Annual administration report of the Civil Veterinary Department, Ajmere-Merwara, British Rajputana - 1914-1940
Year: 1914
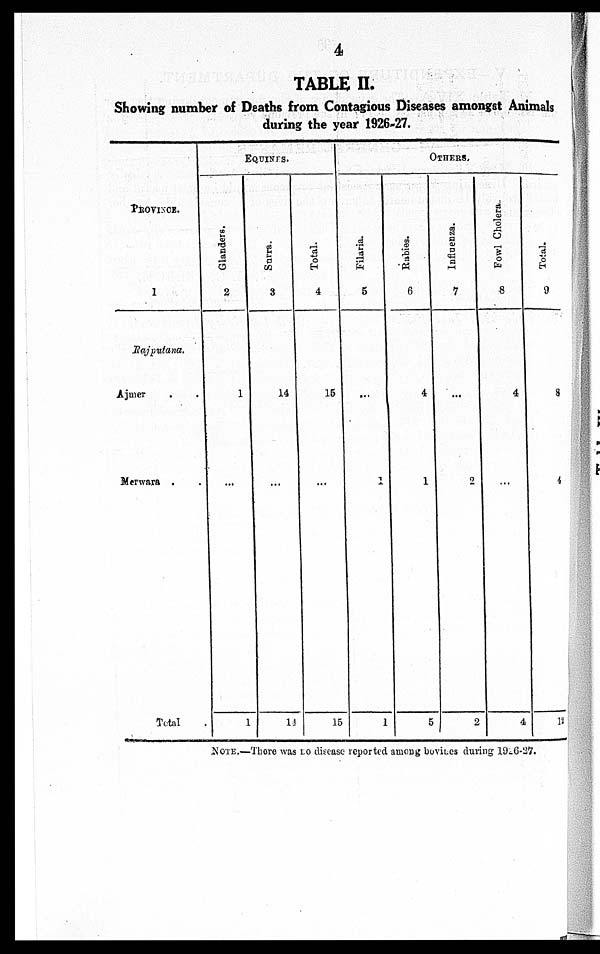
4
TABLE II.
Showing number of Deaths from Contagious Diseases amongst Animals
during the year 1926-27.
PROVINCE.
1
Rajputana.
Ajmer . .
Merwara . .
Total .
EQUINES.
Glanders.
2
1
...
1
Surra.
3
14
...
14
Total.
4
15
...
15
OTHERS.
Filaria.
5
...
1
1
Rabies.
6
4
1
5
Influenza.
7
...
2
2
Fowl Cholera.
8
4
...
4
Total.
9
8
4
12
NOTE.—There was no disease reported among bovines during 19-6-27.